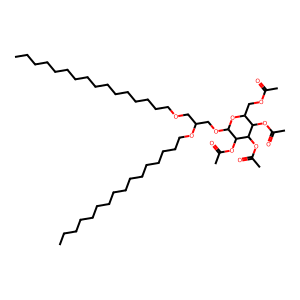
SMILES: CCCCCCCCCCCCCCCCOCC(COC1OC(COC(C)=O)C(OC(C)=O)C(OC(C)=O)C1OC(C)=O)OCCCCCCCCCCCCCCCC
Inhibits HIV replication: No